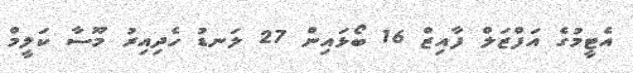
އެޓީމުގެ އަފްޒަލް ފާއިޒް 16 ބޯޅައިން 27 ލަނޑު ހެދިއިރު މޫސާ ކަލީމް